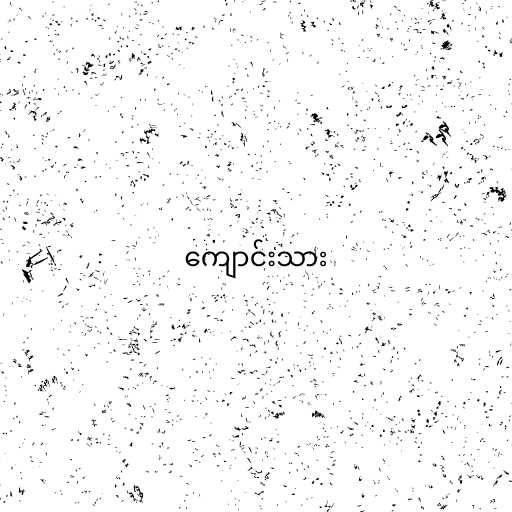
ကျောင်းသား